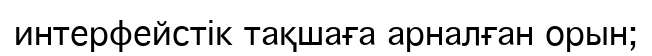
интерфейстік тақшаға арналған орын;